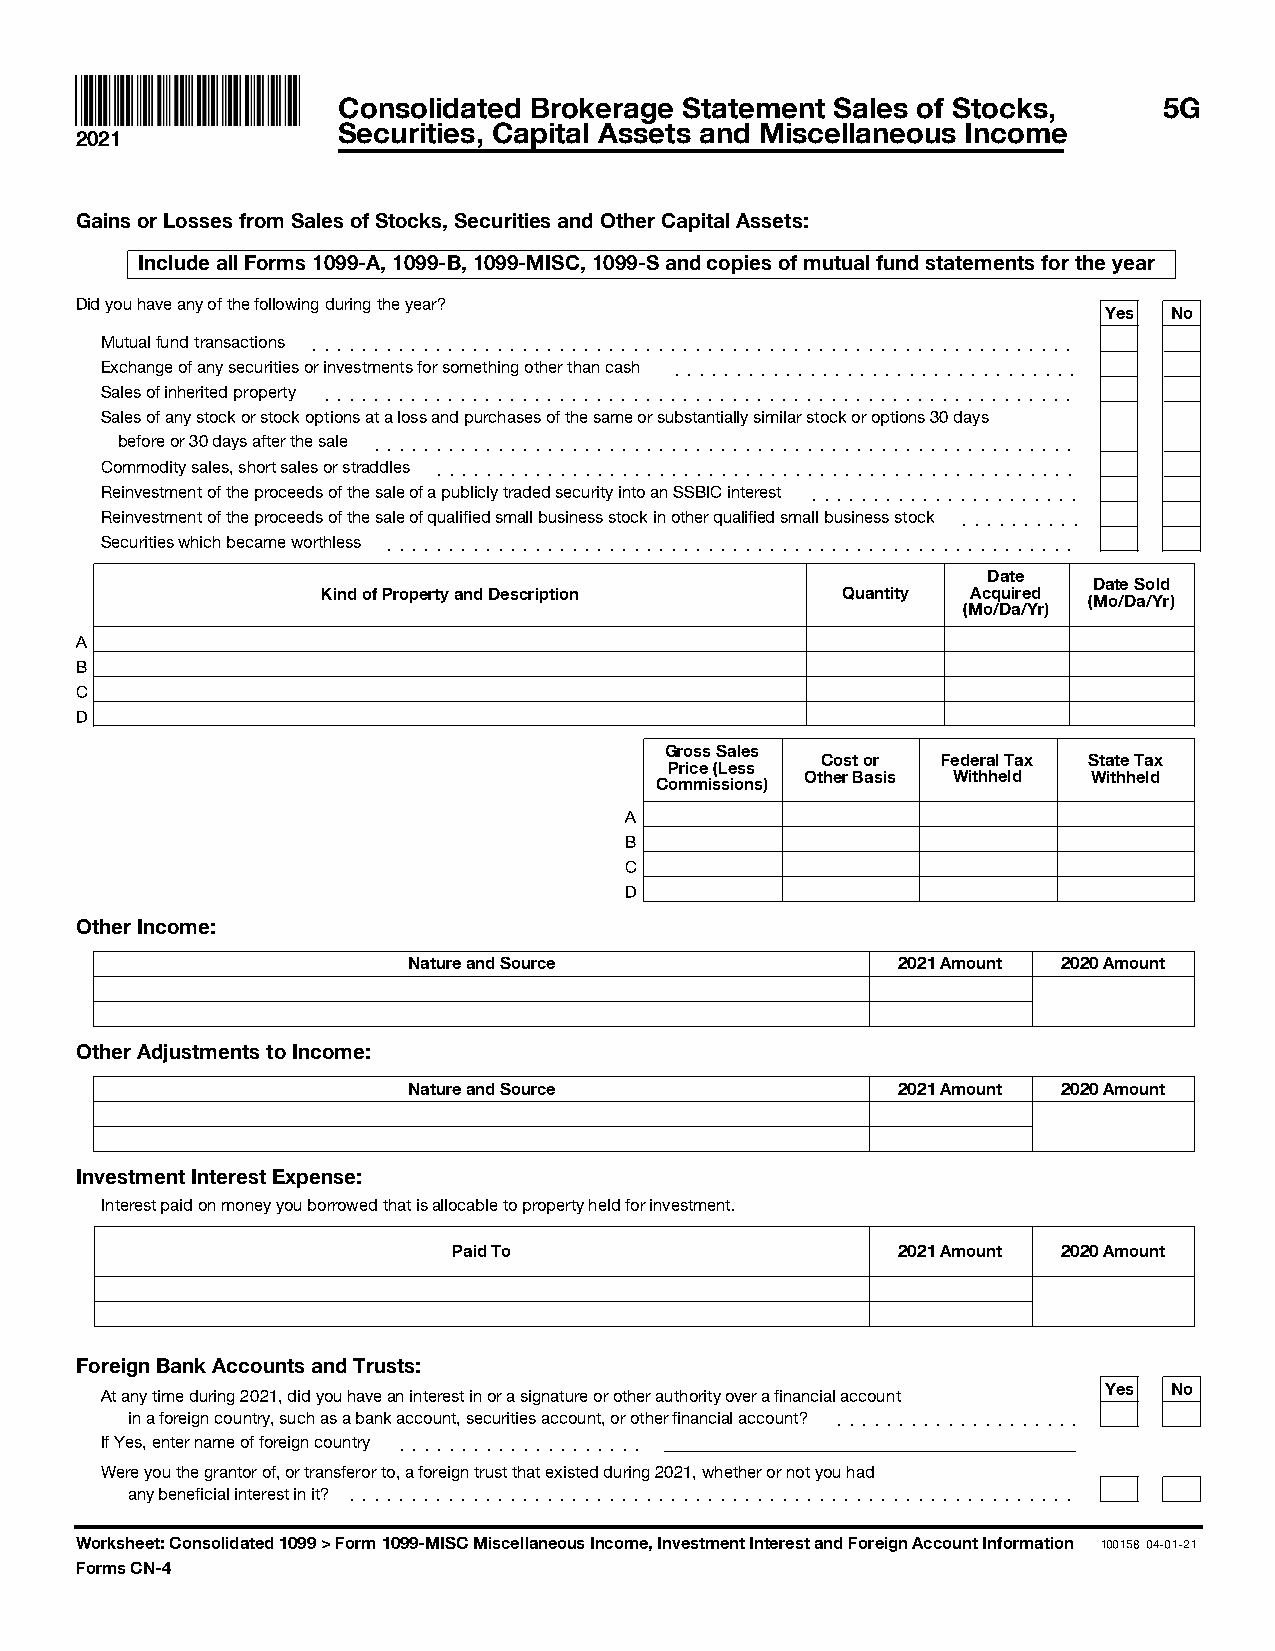
Consolidated Brokerage Statement Sales of Stocks,      5G
 Securities, Capital Assets and Miscellaneous Income
 2021
 Gains or Losses from Sales of Stocks, Securities and Other Capital Assets:
 Include all Forms 1099-A, 1099-B, 1099-MISC, 1099-S and copies of mutual fund statements for the year
 Did you have any of the following during the year?
 Yes  No
 Mutual fund transactions ]]]]]]]]]]]]]]]]]]]]]]]]]]]]]]]]]]]]]]]]]]]]]]]]]]]]]]]]]]]]]]
 Exchange of any securities or investments for something other than cash ]]]]]]]]]]]]]]]]]]]]]]]]]]]]]]]]]
 Sales of inherited property ]]]]]]]]]]]]]]]]]]]]]]]]]]]]]]]]]]]]]]]]]]]]]]]]]]]]]]]]]]]]]
 Sales of any stock or stock options at a loss and purchases of the same or substantially similar stock or options 30 days
 before or 30 days after the sale ]]]]]]]]]]]]]]]]]]]]]]]]]]]]]]]]]]]]]]]]]]]]]]]]]]]]]]]]]
 Commodity sales, short sales or straddles ]]]]]]]]]]]]]]]]]]]]]]]]]]]]]]]]]]]]]]]]]]]]]]]]]]]]
 Reinvestment of the proceeds of the sale of a publicly traded security into an SSBIC interest ]]]]]]]]]]]]]]]]]]]]]]
 Reinvestment of the proceeds of the sale of qualified small business stock in other qualified small business stock ]]]]]]]]]]
 Securities which became worthless ]]]]]]]]]]]]]]]]]]]]]]]]]]]]]]]]]]]]]]]]]]]]]]]]]]]]]]]]
 Date
 Date Sold
 Kind of Property and Description   Quantity Acquired
 (Mo/Da/Yr)
 (Mo/Da/Yr)
 A
 B
 C
 D
 Gross Sales
 Cost or Federal Tax State Tax
 Price (Less
 Other Basis Withheld Withheld
 Commissions)
 A
 B
 C
 D
 Other Income:
 Nature and Source               2021 Amount 2020 Amount
 Other Adjustments to Income:
 Nature and Source               2021 Amount 2020 Amount
 Investment Interest Expense:
 Interest paid on money you borrowed that is allocable to property held for investment.
 Paid To                      2021 Amount 2020 Amount
 Foreign Bank Accounts and Trusts:
 Yes  No
 At any time during 2021, did you have an interest in or a signature or other authority over a financial account
 in a foreign country, such as a bank account, securities account, or other financial account? ]]]]]]]]]]]]]]]]]]]]
 If Yes, enter name of foreign country ]]]]]]]]]]]]]]]]]]]]
 Were you the grantor of, or transferor to, a foreign trust that existed during 2021, whether or not you had
 any beneficial interest in it? ]]]]]]]]]]]]]]]]]]]]]]]]]]]]]]]]]]]]]]]]]]]]]]]]]]]]]]]]]]]
 Worksheet: Consolidated 1099 > Form 1099-MISC Miscellaneous Income, Investment Interest and Foreign Account Information 100158 04-01-21
 Forms CN-4